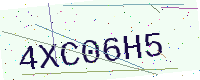
Text: 4XC06H5